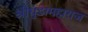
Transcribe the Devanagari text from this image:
श्रीधुंडामहाराज